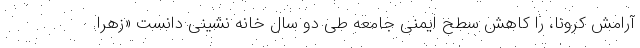
آرامش کرونا، را کاهش سطح ایمنی جامعه طی دو سال خانه نشینی دانست «زهرا